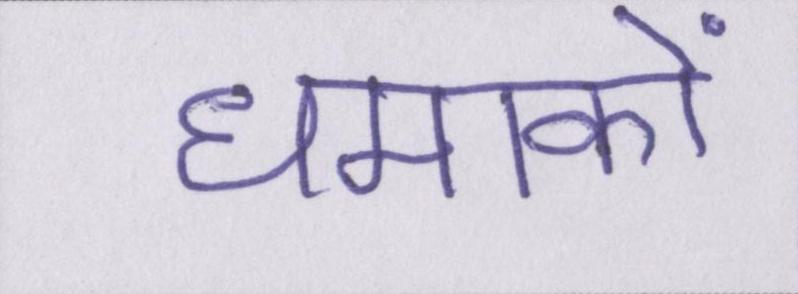
धमाकों